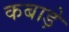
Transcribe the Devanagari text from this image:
कबाड़े